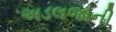
અડલજાની